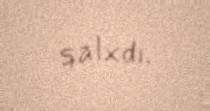
qalxdı.